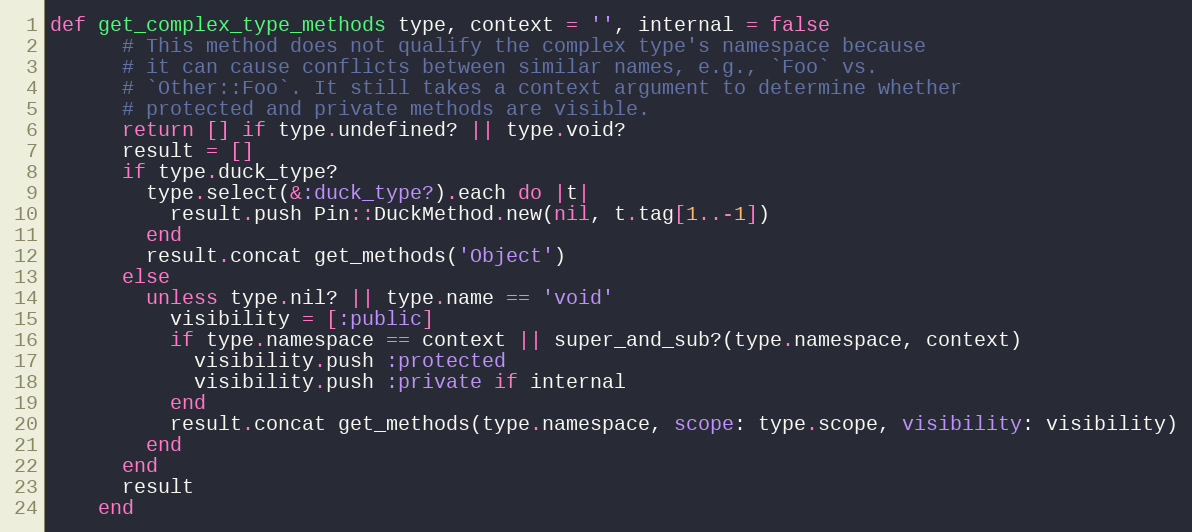
Language: Ruby
def get_complex_type_methods type, context = '', internal = false
      # This method does not qualify the complex type's namespace because
      # it can cause conflicts between similar names, e.g., `Foo` vs.
      # `Other::Foo`. It still takes a context argument to determine whether
      # protected and private methods are visible.
      return [] if type.undefined? || type.void?
      result = []
      if type.duck_type?
        type.select(&:duck_type?).each do |t|
          result.push Pin::DuckMethod.new(nil, t.tag[1..-1])
        end
        result.concat get_methods('Object')
      else
        unless type.nil? || type.name == 'void'
          visibility = [:public]
          if type.namespace == context || super_and_sub?(type.namespace, context)
            visibility.push :protected
            visibility.push :private if internal
          end
          result.concat get_methods(type.namespace, scope: type.scope, visibility: visibility)
        end
      end
      result
    end